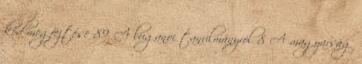
kód megfejtése 89 A luganoi tanulmányról 8 A magyarság